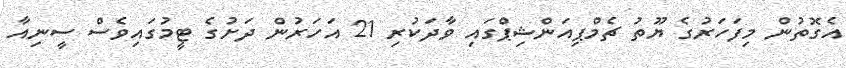
އެގޮތުން މިފަހަރުގެ ޔޫތު ޗެމްޕިއަންޝިޕްގައި ވާދަކުރި 21 އަހަރުން ދަށުގެ ޓީމުގައިވެސް ސީނިއާ